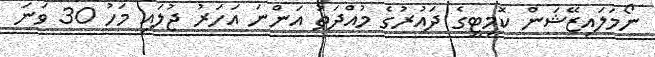
ނޯމަލައިޒޭޝަން ކޮމިޓީގެ ދައުރުގެ މުއްދަތު އަންނަ އަހަރު ޖުލައި މަހު 30 ވަނަ